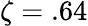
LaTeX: \zeta=.64